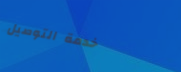
خدمة التوصيل